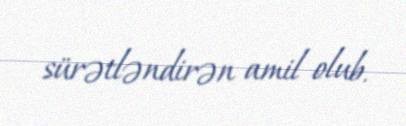
sürətləndirən amil olub.